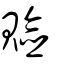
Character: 𧸘